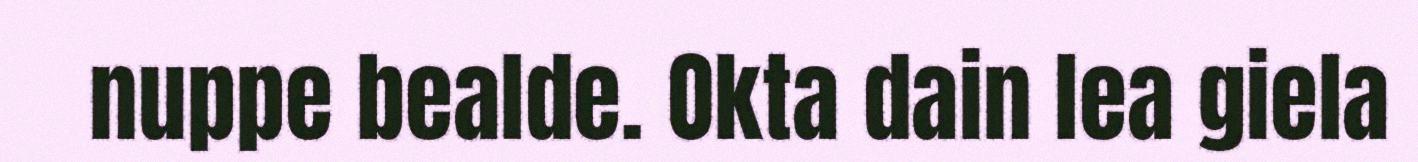
nuppe bealde. Okta dain lea giela